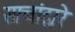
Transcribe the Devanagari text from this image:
साचांद्वारे